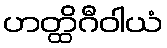
ဟတ္ထိဂီဝါယံ